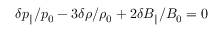
\delta p _ { \| } / p _ { 0 } - 3 \delta \rho / \rho _ { 0 } + 2 \delta B _ { \| } / B _ { 0 } = 0